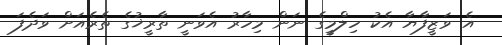
އެ ވަޒީފާޔާ އެކު ހިލްމީގެ ނަން މިހާރު އެވަނީ ތާރީޚުގެ ތެރެއަށް ވަދެފަ